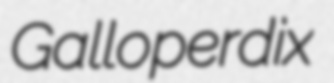
Galloperdix